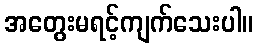
အတွေးမရင့်ကျက်သေးပါ။